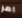
امر